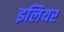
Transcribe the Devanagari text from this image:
इलियर